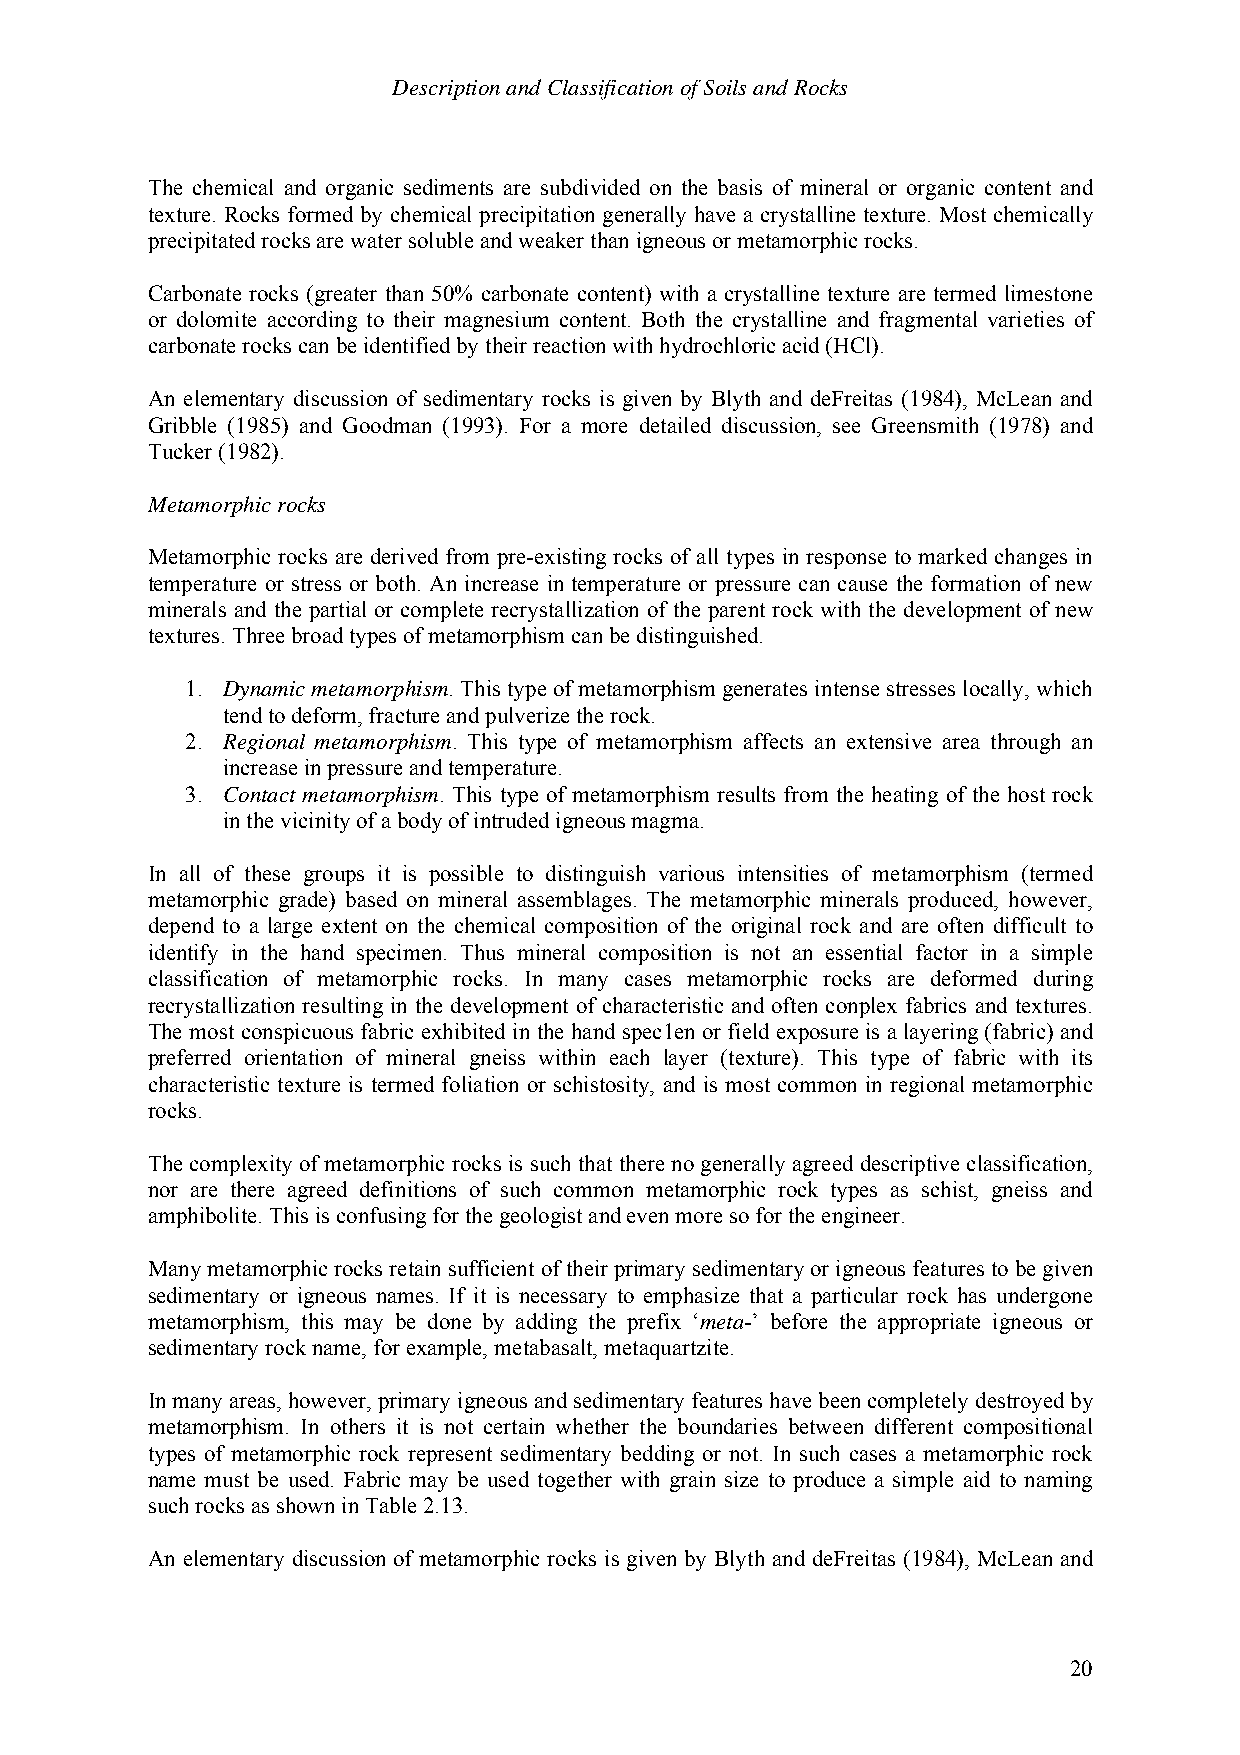
Description and Classification of Soils and Rocks
 The chemical and organic sediments are subdivided on the basis of mineral or organic content and
 texture. Rocks formed by chemical precipitation generally have a crystalline texture. Most chemically
 precipitated rocks are water soluble and weaker than igneous or metamorphic rocks.
 Carbonate rocks (greater than 50% carbonate content) with a crystalline texture are termed limestone
 or dolomite according to their magnesium content. Both the crystalline and fragmental varieties of
 carbonate rocks can be identified by their reaction with hydrochloric acid (HCl).
 An elementary discussion of sedimentary rocks is given by Blyth and deFreitas (1984), McLean and
 Gribble (1985) and Goodman (1993). For a more detailed discussion, see Greensmith (1978) and
 Tucker (1982).
 Metamorphic rocks
 Metamorphic rocks are derived from pre-existing rocks of all types in response to marked changes in
 temperature or stress or both. An increase in temperature or pressure can cause the formation of new
 minerals and the partial or complete recrystallization of the parent rock with the development of new
 textures. Three broad types of metamorphism can be distinguished.
 1. Dynamic metamorphism. This type of metamorphism generates intense stresses locally, which
 tend to deform, fracture and pulverize the rock.
 2. Regional metamorphism. This type of metamorphism affects an extensive area through an
 increase in pressure and temperature.
 3. Contact metamorphism. This type of metamorphism results from the heating of the host rock
 in the vicinity of a body of intruded igneous magma.
 In all of these groups it is possible to distinguish various intensities of metamorphism (termed
 metamorphic grade) based on mineral assemblages. The metamorphic minerals produced, however,
 depend to a large extent on the chemical composition of the original rock and are often difficult to
 identify in the hand specimen. Thus mineral composition is not an essential factor in a simple
 classification of metamorphic rocks. In many cases metamorphic rocks are deformed during
 recrystallization resulting in the development of characteristic and often conplex fabrics and textures.
 The most conspicuous fabric exhibited in the hand spec1en or field exposure is a layering (fabric) and
 preferred orientation of mineral gneiss within each layer (texture). This type of fabric with its
 characteristic texture is termed foliation or schistosity, and is most common in regional metamorphic
 rocks.
 The complexity of metamorphic rocks is such that there no generally agreed descriptive classification,
 nor are there agreed definitions of such common metamorphic rock types as schist, gneiss and
 amphibolite. This is confusing for the geologist and even more so for the engineer.
 Many metamorphic rocks retain sufficient of their primary sedimentary or igneous features to be given
 sedimentary or igneous names. If it is necessary to emphasize that a particular rock has undergone
 metamorphism, this may be done by adding the prefix ‘meta-’ before the appropriate igneous or
 sedimentary rock name, for example, metabasalt, metaquartzite.
 In many areas, however, primary igneous and sedimentary features have been completely destroyed by
 metamorphism. In others it is not certain whether the boundaries between different compositional
 types of metamorphic rock represent sedimentary bedding or not. In such cases a metamorphic rock
 name must be used. Fabric may be used together with grain size to produce a simple aid to naming
 such rocks as shown in Table 2.13.
 An elementary discussion of metamorphic rocks is given by Blyth and deFreitas (1984), McLean and
 20